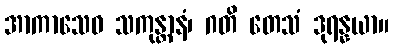
အာကာသေဝ သကုန္တာနံ၊ ဂတိ တေသံ ဒုရန္နယာ။